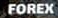
FOREX